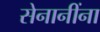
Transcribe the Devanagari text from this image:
सेनानींना